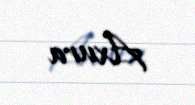
Axura